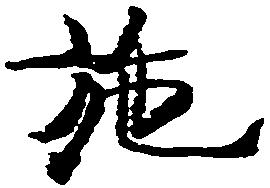
施